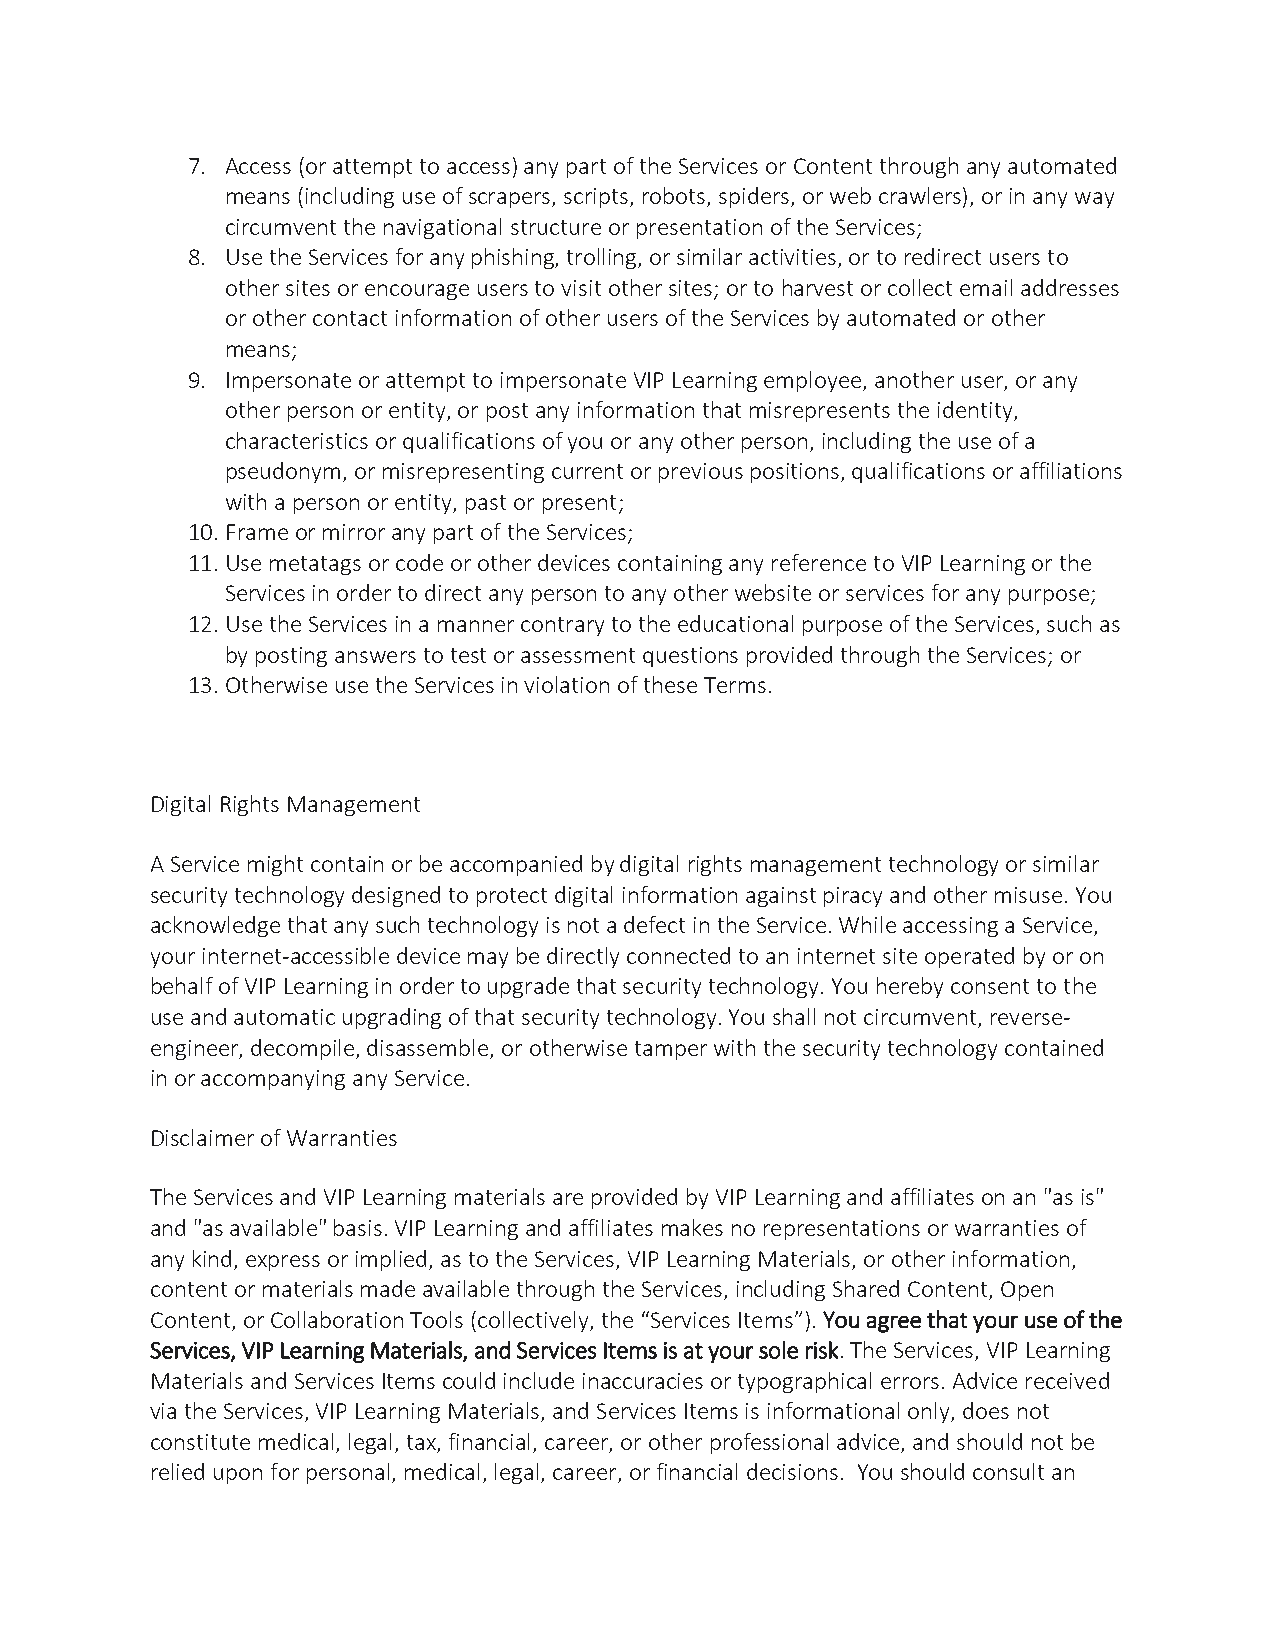
7. Access (or attempt to access) any part of the Services or Content through any automated
 means (including use of scrapers, scripts, robots, spiders, or web crawlers), or in any way
 circumvent the navigational structure or presentation of the Services;
 8. Use the Services for any phishing, trolling, or similar activities, or to redirect users to
 other sites or encourage users to visit other sites; or to harvest or collect email addresses
 or other contact information of other users of the Services by automated or other
 means;
 9. Impersonate or attempt to impersonate VIP Learning employee, another user, or any
 other person or entity, or post any information that misrepresents the identity,
 characteristics or qualifications of you or any other person, including the use of a
 pseudonym, or misrepresenting current or previous positions, qualifications or affiliations
 with a person or entity, past or present;
 10. Frame or mirror any part of the Services;
 11. Use metatags or code or other devices containing any reference to VIP Learning or the
 Services in order to direct any person to any other website or services for any purpose;
 12. Use the Services in a manner contrary to the educational purpose of the Services, such as
 by posting answers to test or assessment questions provided through the Services; or
 13. Otherwise use the Services in violation of these Terms.
 Digital Rights Management
 A Service might contain or be accompanied by digital rights management technology or similar
 security technology designed to protect digital information against piracy and other misuse. You
 acknowledge that any such technology is not a defect in the Service. While accessing a Service,
 your internet-accessible device may be directly connected to an internet site operated by or on
 behalf of VIP Learning in order to upgrade that security technology. You hereby consent to the
 use and automatic upgrading of that security technology. You shall not circumvent, reverse-
 engineer, decompile, disassemble, or otherwise tamper with the security technology contained
 in or accompanying any Service.
 Disclaimer of Warranties
 The Services and VIP Learning materials are provided by VIP Learning and affiliates on an "as is"
 and "as available" basis. VIP Learning and affiliates makes no representations or warranties of
 any kind, express or implied, as to the Services, VIP Learning Materials, or other information,
 content or materials made available through the Services, including Shared Content, Open
 Content, or Collaboration Tools (collectively, the “Services Items”). You agree that your use of the
 Services, VIP Learning Materials, and Services Items is at your sole risk. The Services, VIP Learning
 Materials and Services Items could include inaccuracies or typographical errors. Advice received
 via the Services, VIP Learning Materials, and Services Items is informational only, does not
 constitute medical, legal, tax, financial, career, or other professional advice, and should not be
 relied upon for personal, medical, legal, career, or financial decisions. You should consult an